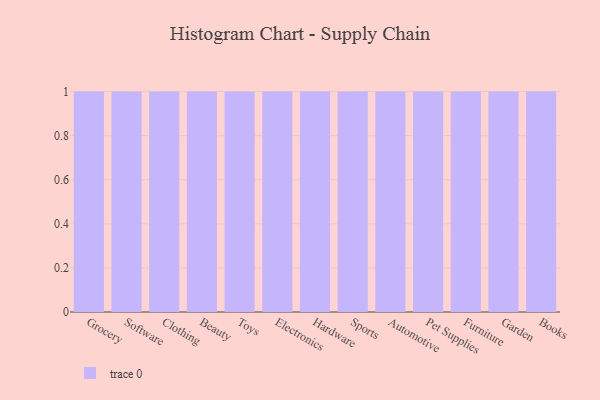
{"axis": {"x": "Category", "y": "Latency (ms)"}, "legend": [""], "data": [{"x": "Grocery", "y": 8, "type": ""}, {"x": "Software", "y": 12, "type": ""}, {"x": "Clothing", "y": 46, "type": ""}, {"x": "Beauty", "y": 19, "type": ""}, {"x": "Toys", "y": 15, "type": ""}, {"x": "Electronics", "y": 46, "type": ""}, {"x": "Hardware", "y": 90, "type": ""}, {"x": "Sports", "y": 92, "type": ""}, {"x": "Automotive", "y": 18, "type": ""}, {"x": "Pet Supplies", "y": 39, "type": ""}, {"x": "Furniture", "y": 73, "type": ""}, {"x": "Garden", "y": 18, "type": ""}, {"x": "Books", "y": 92, "type": ""}]}